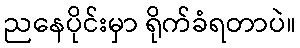
ညနေပိုင်းမှာ ရိုက်ခံရတာပဲ။